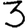
Digit: 3